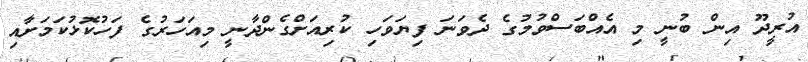
އުރީދޫ އިން ބުނީ މި އެއްބަސްވުމުގެ ދެވަނަ ފިޔަވަހި ކުރިއަށްގެންދާނީ މިއަހަރުގެ ފަހުކޮޅުކަމަށާއި